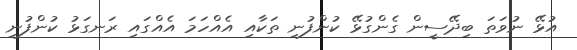
އުޅޭ ނުވަތަ ބިދޭސީން ގެންގުޅޭ ކުންފުނި ތަކާއި އެއްހަމަ އެއްގައި ރަނގަޅު ކުންފުނި